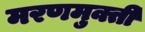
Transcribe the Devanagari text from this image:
मरणमुक्ती